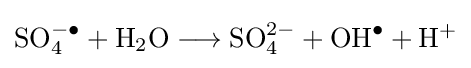
\mathrm {SO} _{4}^{-\bullet }+\mathrm {H} _{2}\mathrm {O} \longrightarrow \mathrm {SO} _{4}^{2-}+\mathrm {OH} ^{\bullet }+\mathrm {H} ^{+}